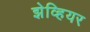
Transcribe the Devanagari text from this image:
झेव्हियर